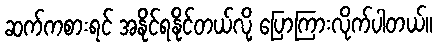
ဆက်ကစားရင် အနိုင်ရနိုင်တယ်လို့ ပြောကြားလိုက်ပါတယ်။